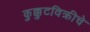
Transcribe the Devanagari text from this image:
कुक्कुटविक्रीचे